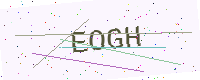
Text: EOGH